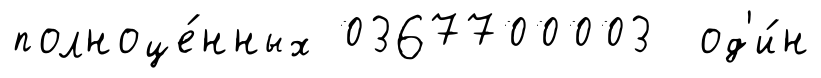
полноце́нных 0367700003 од'и́н